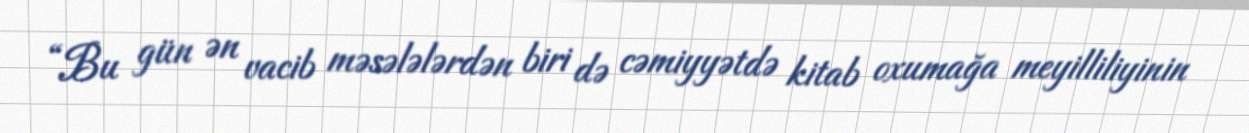
“Bu gün ən vacib məsələlərdən biri də cəmiyyətdə kitab oxumağa meyilliliyinin